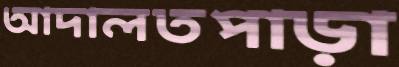
আদালতপাড়া